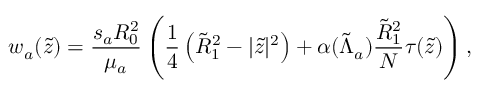
w _ { a } ( \tilde { z } ) = \frac { s _ { a } R _ { 0 } ^ { 2 } } { \mu _ { a } } \left( \frac { 1 } { 4 } \left( \tilde { R } _ { 1 } ^ { 2 } - | \tilde { z } | ^ { 2 } \right) + \alpha ( \tilde { \Lambda } _ { a } ) \frac { \tilde { R } _ { 1 } ^ { 2 } } { N } \tau ( \tilde { z } ) \right) ,